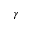
\gamma